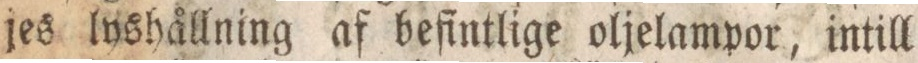
jes lyshållning af befintlige oljelampor, intill